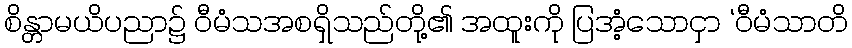
စိန္တာမယိပညာ၌ ဝီမံသအစရှိသည်တို့၏ အထူးကို ပြအံ့သောငှာ ‘ဝီမံသာတိ